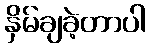
နှိမ်ချခဲ့တာပါ